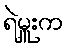
ရဲမှူးက